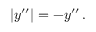
\begin{array} { r } { | y ^ { \prime \prime } | = - y ^ { \prime \prime } \, . } \end{array}